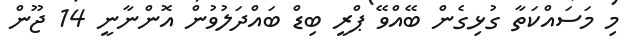
މި މަސައްކަތާ ގުޅިގެން ބޭއްވޭ ޕްރީ ބިޑް ބައްދަލުވުން އޮންނާނީ 14 ޖޫން